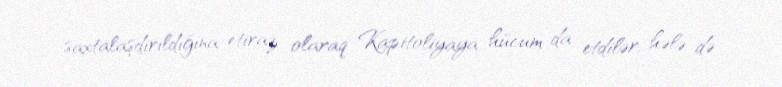
saxtalaşdırıldığına etiraz olaraq Kapitoliyaya hücum da etdilər, hələ də